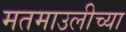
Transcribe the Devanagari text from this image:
मतमाउलीच्या